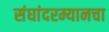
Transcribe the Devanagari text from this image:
संघांदरम्यानचा